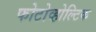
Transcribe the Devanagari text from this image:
फोटोव्होल्टिक